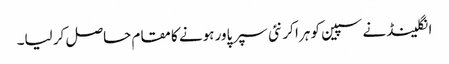
انگلینڈ نے سپین کو ہرا کر نئی سپر پاور ہونے کا مقام حاصل کر لیا۔